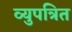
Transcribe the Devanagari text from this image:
व्युपत्रित